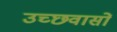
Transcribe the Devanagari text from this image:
उच्छवासों